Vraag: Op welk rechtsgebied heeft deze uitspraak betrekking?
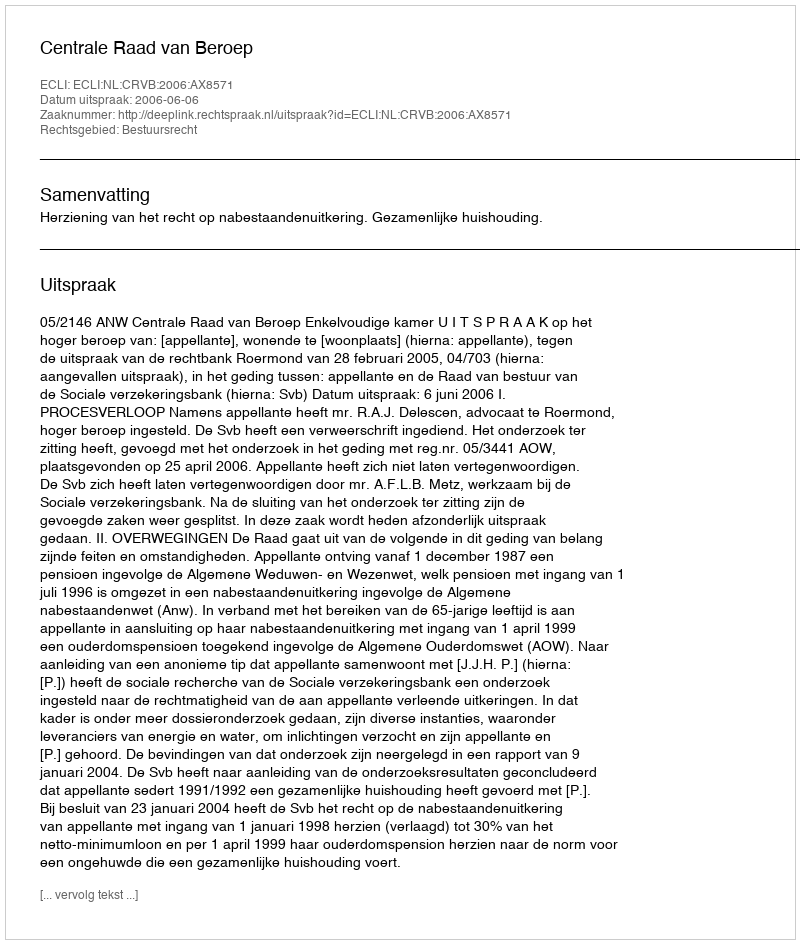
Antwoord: Bestuursrecht